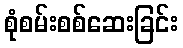
စုံစမ်းစစ်ဆေးခြင်း